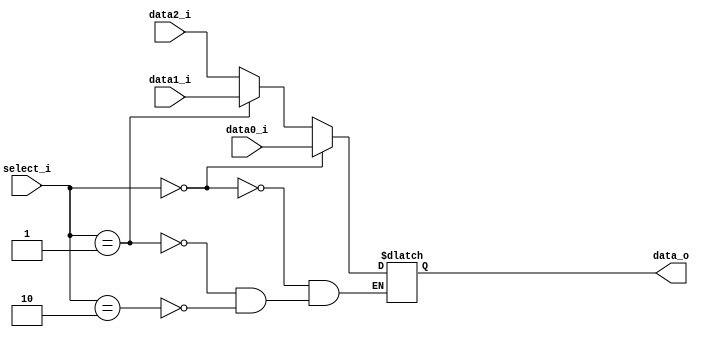
`timescale 1ns/1ps

module MUX_3to1(
    input       [32-1:0] data0_i,
    input       [32-1:0] data1_i,
    input       [32-1:0] data2_i,
    input       [ 2-1:0] select_i,
    output  reg [32-1:0] data_o
);

always@(*) begin
    if(select_i==2'b00)
        data_o <= data0_i;
    else if(select_i==2'b01)
        data_o <= data1_i;
    else if(select_i==2'b10)
        data_o <= data2_i;
end
endmodule